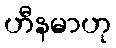
ဟီနမာဟု